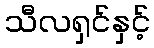
သီလရှင်နှင့်